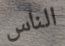
الناس